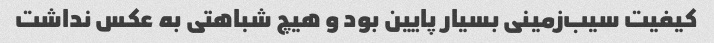
کیفیت سیب‌زمینی بسیار پایین بود و هیچ شباهتی به عکس نداشت